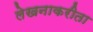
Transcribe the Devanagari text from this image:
लेखनाकरीता